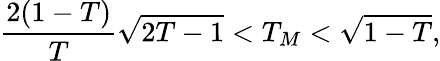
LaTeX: \frac{2(1-T)}{T}\sqrt{2T-1}<T_{M}<\sqrt{1-T},